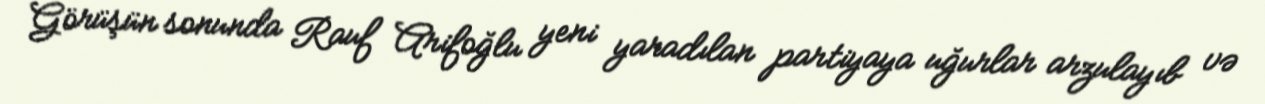
Görüşün sonunda Rauf Arifoğlu yeni yaradılan partiyaya uğurlar arzulayıb və